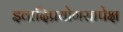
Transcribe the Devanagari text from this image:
इवादिप्रयोगसापेक्ष